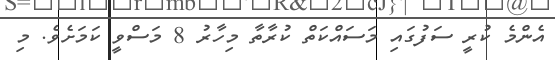
އެންމެ ކުރީ ސަފުގައި މަސައްކަތް ކުރާތާ މިހާރު 8 މަސްވީ ކަމަށެވެ. މި